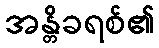
အန္တိခရစ်၏